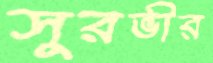
সুরভীর